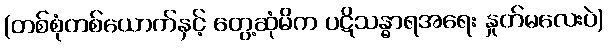
(တစ်စုံတစ်ယောက်နှင့် တွေ့ဆုံမိက ပဋိသန္ဓာရအရေး နှုတ်မလေးပဲ)